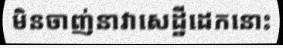
មិនចាញ់នាវាសេដ្ឋីដេកនោះ